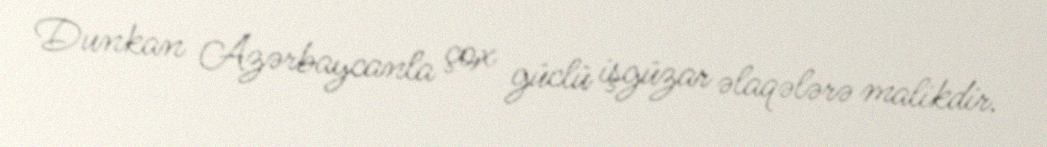
Dunkan Azərbaycanla çox güclü işgüzar əlaqələrə malikdir.